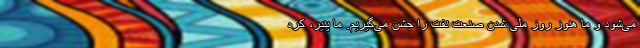
می‌شود و ما هنوز روز ملی شدن صنعت نفت را جشن می‌گیریم. ما پنیر، کره